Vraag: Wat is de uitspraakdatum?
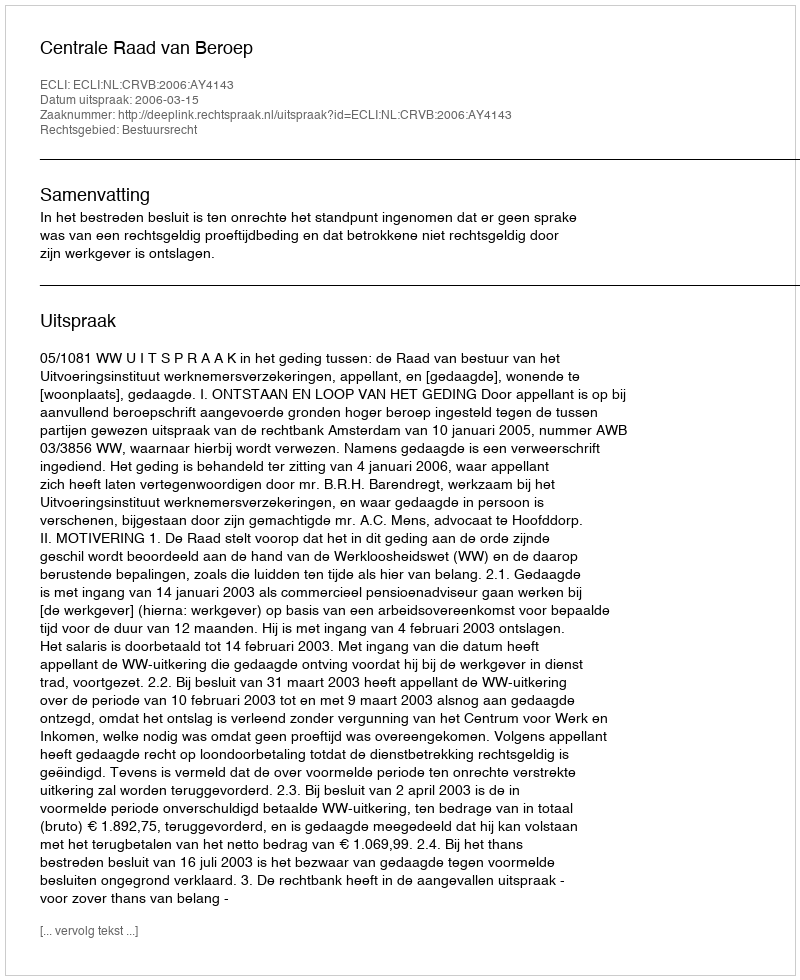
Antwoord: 2006-03-15